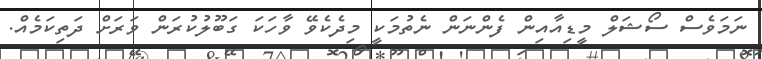
ނަމަވެސް ސޯޝަލް މީޑިއާއިން ފެންނަން ނެތުމަކީ މިދެކެވޭ ވާހަކަ ގަބޫލުކުރަން ވަރަށް ދަތިކަމެއް.